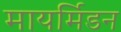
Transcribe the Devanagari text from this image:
मायर्मिडन